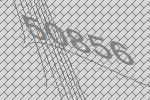
50856